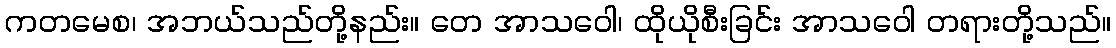
ကတမေစ၊ အဘယ်သည်တို့နည်း။ တေ အာသဝေါ၊ ထိုယိုစီးခြင်း အာသဝေါ တရားတို့သည်။